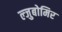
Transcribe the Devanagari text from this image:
ल्जुबोमिर